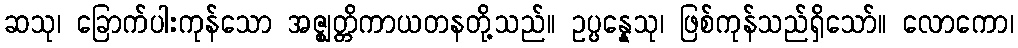
ဆသု၊ ခြောက်ပါးကုန်သော အဇ္ဈတ္တိကာယတနတို့သည်။ ဥပ္ပန္နေသု၊ ဖြစ်ကုန်သည်ရှိသော်။ လောကော၊